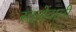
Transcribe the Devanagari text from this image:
स्तनोंवाली